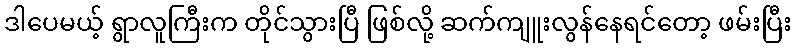
ဒါပေမယ့် ရွာလူကြီးက တိုင်သွားပြီ ဖြစ်လို့ ဆက်ကျူးလွန်နေရင်တော့ ဖမ်းပြီး